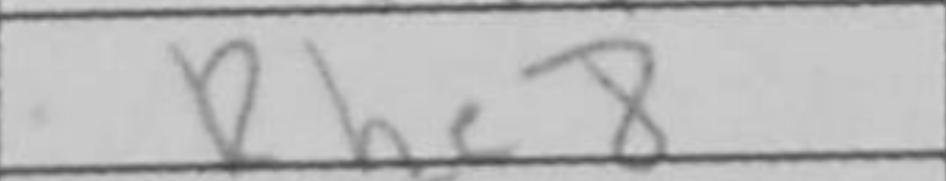
Transcription: Rhe8